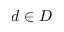
d \in D